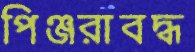
পিঞ্জরাবদ্ধ